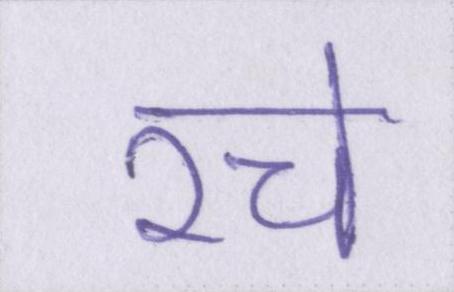
रचे